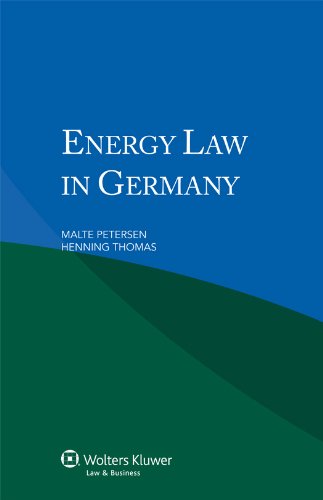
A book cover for Energy Law in Germany; Malte Petersen; Law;